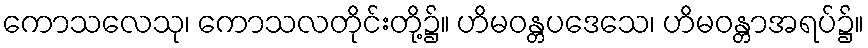
ကောသလေသု၊ ကောသလတိုင်းတို့၌။ ဟိမဝန္တပဒေသေ၊ ဟိမဝန္တာအရပ်၌။